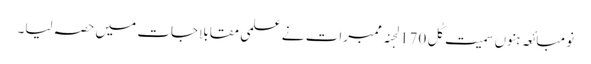
نو مبائعہ ہنوں سمیت کُل 170 لجنہ ممبرات نے علمی مقابلاجات میں حصہ لیا۔